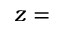
z =